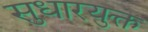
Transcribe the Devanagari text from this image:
सुधारयुक्त